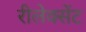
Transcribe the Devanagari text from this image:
रीलेक्सेंट